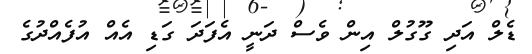
ޑެލް އަދި ގޫގުލް އިން ވެސް ދަނީ އެފަދަ ގަޑި އެއް އުފެއްދުގެ